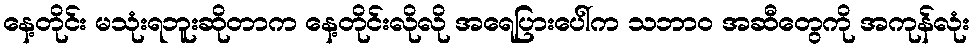
နေ့တိုင်း မသုံးရဘူးဆိုတာက နေ့တိုင်းလိုလို အရေပြားပေါ်က သဘာဝ အဆီတွေကို အကုန်လုံး